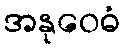
အနုဝေဓံ